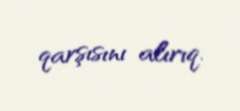
qarşısını alırıq.